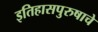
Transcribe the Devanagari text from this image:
इतिहासपुरुषाचे